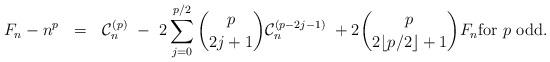
LaTeX: \begin{align*} F_n - n^p \ \ = \ \ \mathcal{C}_n^{(p)} \ - \ 2\sum_{j=0}^{p/2} \binom{p}{2j+1} \mathcal{C}_n^{(p-2j-1)} \ + 2 \binom{p}{2 \lfloor p/2 \rfloor + 1}F_n \mbox{for $p$ odd}.\end{align*}